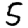
Digit: 5